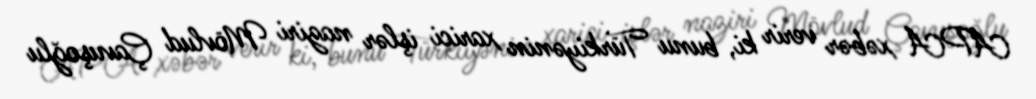
APA xəbər verir ki, bunu Türkiyənin xarici işlər naziri Mövlud Çavuşoğlu